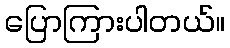
ပြောကြားပါတယ်။